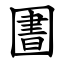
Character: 圕